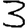
Digit: 3